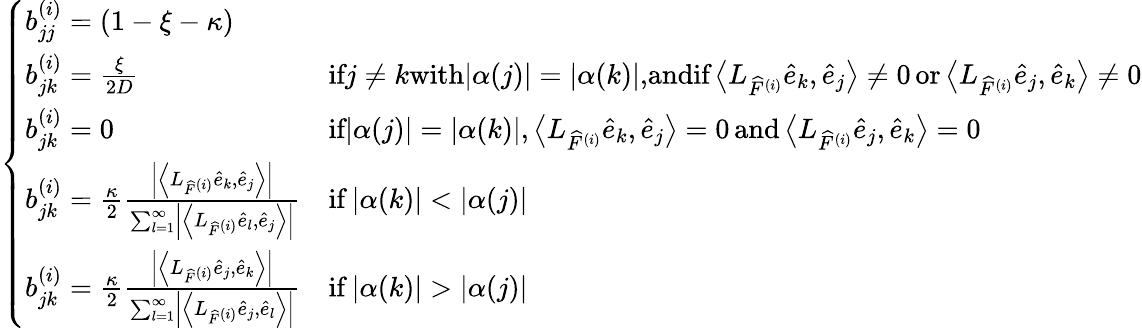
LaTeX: \left\{ \begin{array}{ll}{b_{jj}^{(i)}=(1-\xi-\kappa)}\\ {b_{jk}^{(i)}=\frac{\xi}{2D}}&{\textrm{if}j\neq k\textrm{with}|\alpha(j)|=|\alpha(k)|\textrm{,andif}\left\langle L_{\widehat{F}^{(i)}}\widehat{e}_{k},\widehat{e}_{j}\right\rangle\neq 0\, \textrm{or}\left\langle L_{\widehat{F}^{(i)}}\widehat{e}_{j},\widehat{e}_{k}\right\rangle\neq 0}\\ {b_{jk}^{(i)}=0}&{\textrm{if}|\alpha(j)|=|\alpha(k)|,\left\langle L_{\widehat{F}^{(i)}}\widehat{e}_{k},\widehat{e}_{j}\right\rangle=0\, \textrm{and}\left\langle L_{\widehat{F}^{(i)}}\widehat{e}_{j},\widehat{e}_{k}\right\rangle=0}\\ {b_{jk}^{(i)}=\frac{\kappa}{2}\frac{\left|\left\langle L_{\widehat{F}^{(i)}}\widehat{e}_{k},\widehat{e}_{j}\right\rangle\right|}{\sum_{l=1}^{\infty}\left|\left\langle L_{\widehat{F}^{(i)}}\widehat{e}_{l},\widehat{e}_{j}\right\rangle\right|}}&{\mathrm{if}\, |\alpha(k)|<|\alpha(j)|}\\ {b_{jk}^{(i)}=\frac{\kappa}{2}\frac{\left|\left\langle L_{\widehat{F}^{(i)}}\widehat{e}_{j},\widehat{e}_{k}\right\rangle\right|}{\sum_{l=1}^{\infty}\left|\left\langle L_{\widehat{F}^{(i)}}\widehat{e}_{j},\widehat{e}_{l}\right\rangle\right|}}&{\mathrm{if}\, |\alpha(k)|>|\alpha(j)|}\end{array}\right.